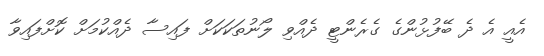
އެއީ އެ ދެ ބޭފުޅުންގެ ގެރެންޓީ ދެއްވި ލޯނުތަކަކަށް ފައިސާ ދެއްކުމަށް ކޮށްފައިވާ